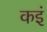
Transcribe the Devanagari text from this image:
कइं